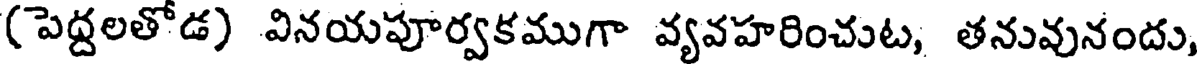
(పెద్దలతోడ) వినయపూర్వకముగా వ్యవహరించుట, తనువునందు,